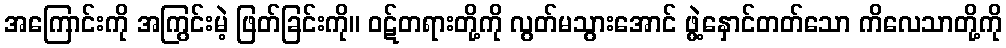
အကြောင်းကို အကြွင်းမဲ့ ဖြတ်ခြင်းကို။ ဝဋ်တရားတို့ကို လွတ်မသွားအောင် ဖွဲ့နှောင်တတ်သော ကိလေသာတို့ကို